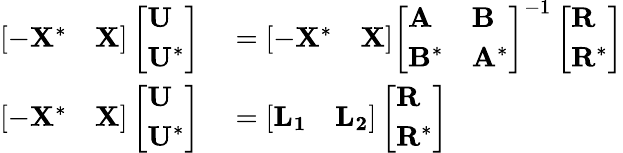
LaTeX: \begin{array}{rl}{\left[\begin{array}{ll}{-\mathbf{X}^{*}}&{\mathbf{X}}\end{array}\right]\left[\begin{array}{l}{\mathbf{U}}\\ {\mathbf{U}^{*}}\end{array}\right]}&{{}=\left[\begin{array}{ll}{-\mathbf{X}^{*}}&{\mathbf{X}}\end{array}\right]\left[\begin{array}{ll}{\mathbf{A}}&{\mathbf{B}}\\ {\mathbf{B}^{*}}&{\mathbf{A}^{*}}\end{array}\right]^{-1}\left[\begin{array}{l}{\mathbf{R}}\\ {\mathbf{R}^{*}}\end{array}\right]}\\ {\left[\begin{array}{ll}{-\mathbf{X}^{*}}&{\mathbf{X}}\end{array}\right]\left[\begin{array}{l}{\mathbf{U}}\\ {\mathbf{U}^{*}}\end{array}\right]}&{{}=\left[\begin{array}{ll}{\mathbf{L_{1}}}&{\mathbf{L_{2}}}\end{array}\right]\left[\begin{array}{l}{\mathbf{R}}\\ {\mathbf{R}^{*}}\end{array}\right]}\end{array}